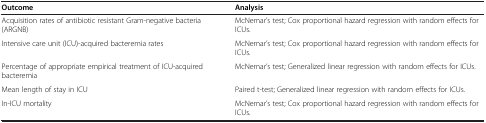
| Outcome | Analysis |
 | --- | --- |
 | Acquisition rates of antibiotic resistant Gram-negative bacteria (ARGNB) | McNemar’s test; Cox proportional hazard regression with random effects for ICUs. |
 | Intensive care unit (ICU)-acquired bacteremia rates | McNemar’s test; Cox proportional hazard regression with random effects for ICUs. |
 | Percentage of appropriate empirical treatment of ICU-acquired bacteremia | McNemar’s test; Generalized linear regression with random effects for ICUs. |
 | Mean length of stay in ICU | Paired t-test; Generalized linear regression with random effects for ICUs. |
 | In-ICU mortality | McNemar’s test; Cox proportional hazard regression with random effects for ICUs. |